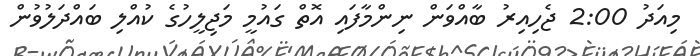
މިއަދު 2:00 ޖެހިއިރު ބާއްވަން ނިންމާފައި އޮތް ގައުމީ މަޖިލީހުގެ ކުއްލި ބައްދަލުވުން